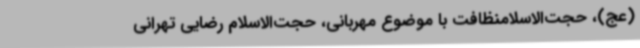
(عج)، حجت‌الاسلامنظافت با موضوع مهربانی، حجت‌الاسلام رضایی تهرانی